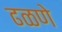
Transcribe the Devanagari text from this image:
ढळणे